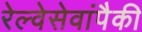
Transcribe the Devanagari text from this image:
रेल्वेसेवांपैकी